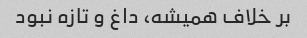
بر خلاف همیشه، داغ و تازه نبود